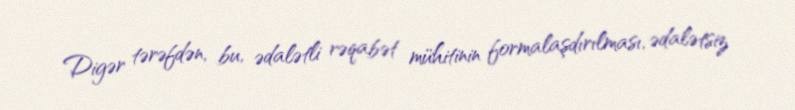
Digər tərəfdən, bu, ədalətli rəqabət mühitinin formalaşdırılması, ədalətsiz